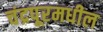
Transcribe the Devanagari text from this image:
चंद्रपूरमधील